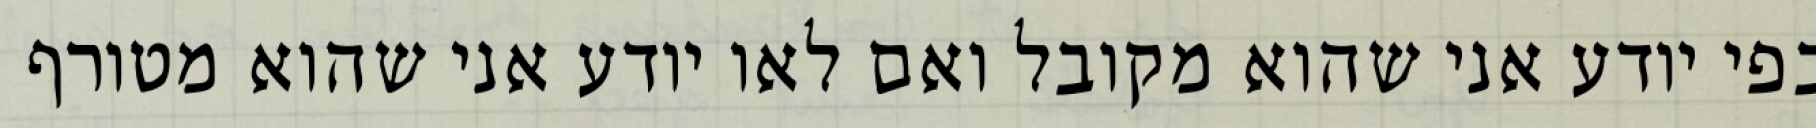
בפי יודע אני שהוא מקובל ואם לאו יודע אני שהוא מטורף